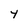
Character: y